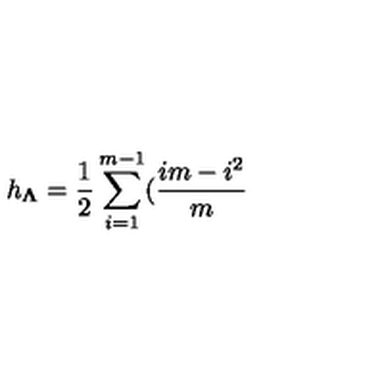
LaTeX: h _ { \mathbf { \Lambda } } = \frac { 1 } { 2 } \sum _ { i = 1 } ^ { m - 1 } ( \frac { i m - i ^ { 2 } } { m }